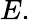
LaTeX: E.